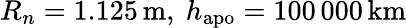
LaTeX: R_{n}=1.125\, \mathrm{m},\ h_{\mathrm{apo}}=100\, 000\, \mathrm{km}